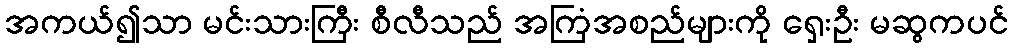
အကယ်၍သာ မင်းသားကြီး စီလီသည် အကြံအစည်များကို ရှေးဦး မဆွကပင်